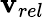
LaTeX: \mathbf{v}_{rel}